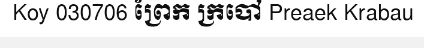
Koy 030706 ព្រែក ក្របៅ Preaek Krabau